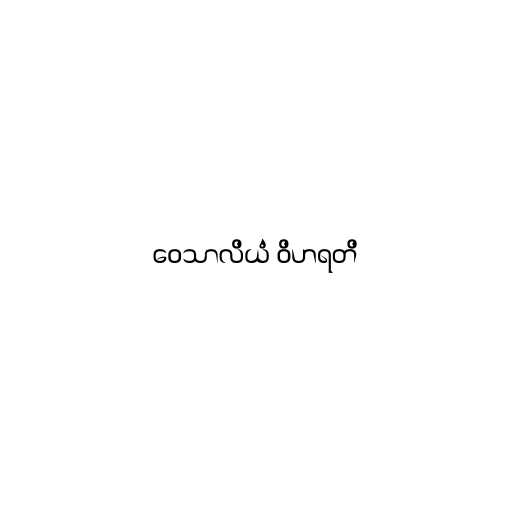
ဝေသာလိယံ ဝိဟရတိ